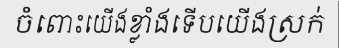
ចំពោះយើងខ្លាំងទើបយើងស្រក់